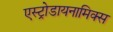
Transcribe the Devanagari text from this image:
एस्ट्रोडायनामिक्स